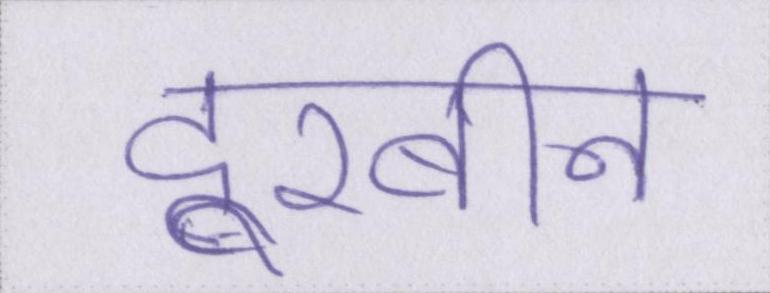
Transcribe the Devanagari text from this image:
दूरबीन